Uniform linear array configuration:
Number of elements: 4
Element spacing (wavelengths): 0.25
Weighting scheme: exponential
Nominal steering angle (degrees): -45
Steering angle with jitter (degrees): -46.453
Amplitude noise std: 0.05
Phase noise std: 0.05

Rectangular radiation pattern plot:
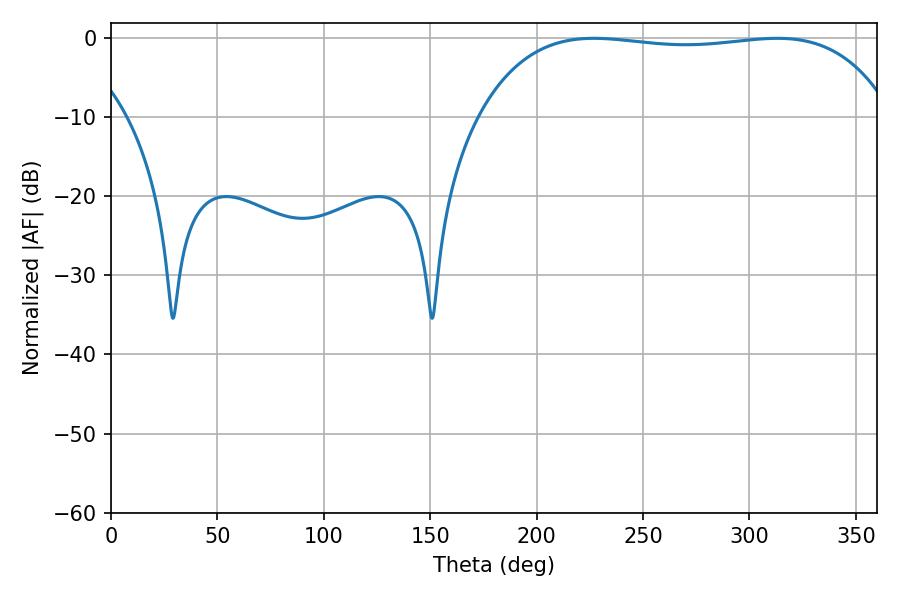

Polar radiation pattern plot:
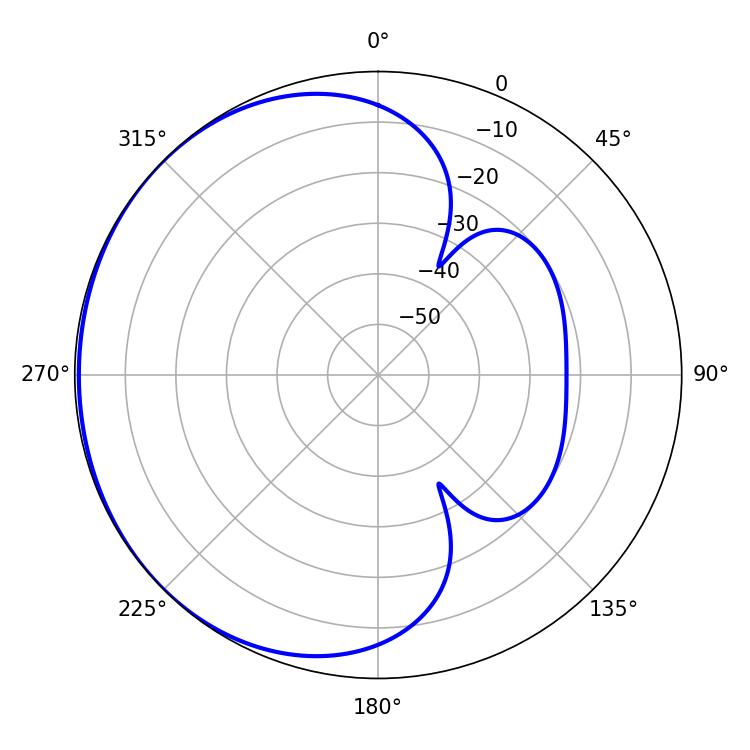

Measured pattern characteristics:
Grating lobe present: FALSE
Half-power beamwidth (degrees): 154.44
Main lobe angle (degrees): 226.98